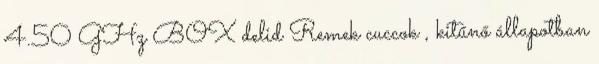
4.50 GHz BOX delid Remek cuccok , kitűnő állapotban